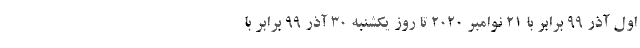
اول آذر ۹۹ برابر با ۲۱ نوامبر ۲۰۲۰ تا روز یکشنبه ۳۰ آذر ۹۹ برابر با